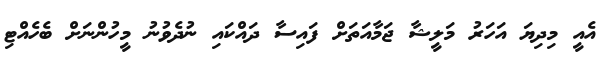
އެއީ މިދިޔަ އަހަރު މަލީޝާ ޖަމާއަތަށް ފައިސާ ދައްކައި ނުދެވުނު މީހުންނަށް ބެހެއްޓި